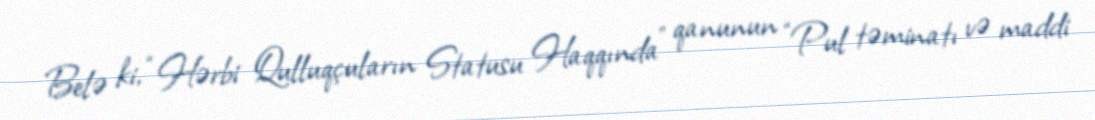
Belə ki, “Hərbi Qulluqçuların Statusu Haqqında” qanunun “Pul təminatı və maddi